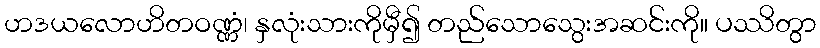
ဟဒယလောဟိတဝဏ္ဏံ၊ နှလုံးသားကိုမှီ၍ တည်သောသွေးအဆင်းကို။ ပဿိတွာ